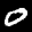
Label: 0